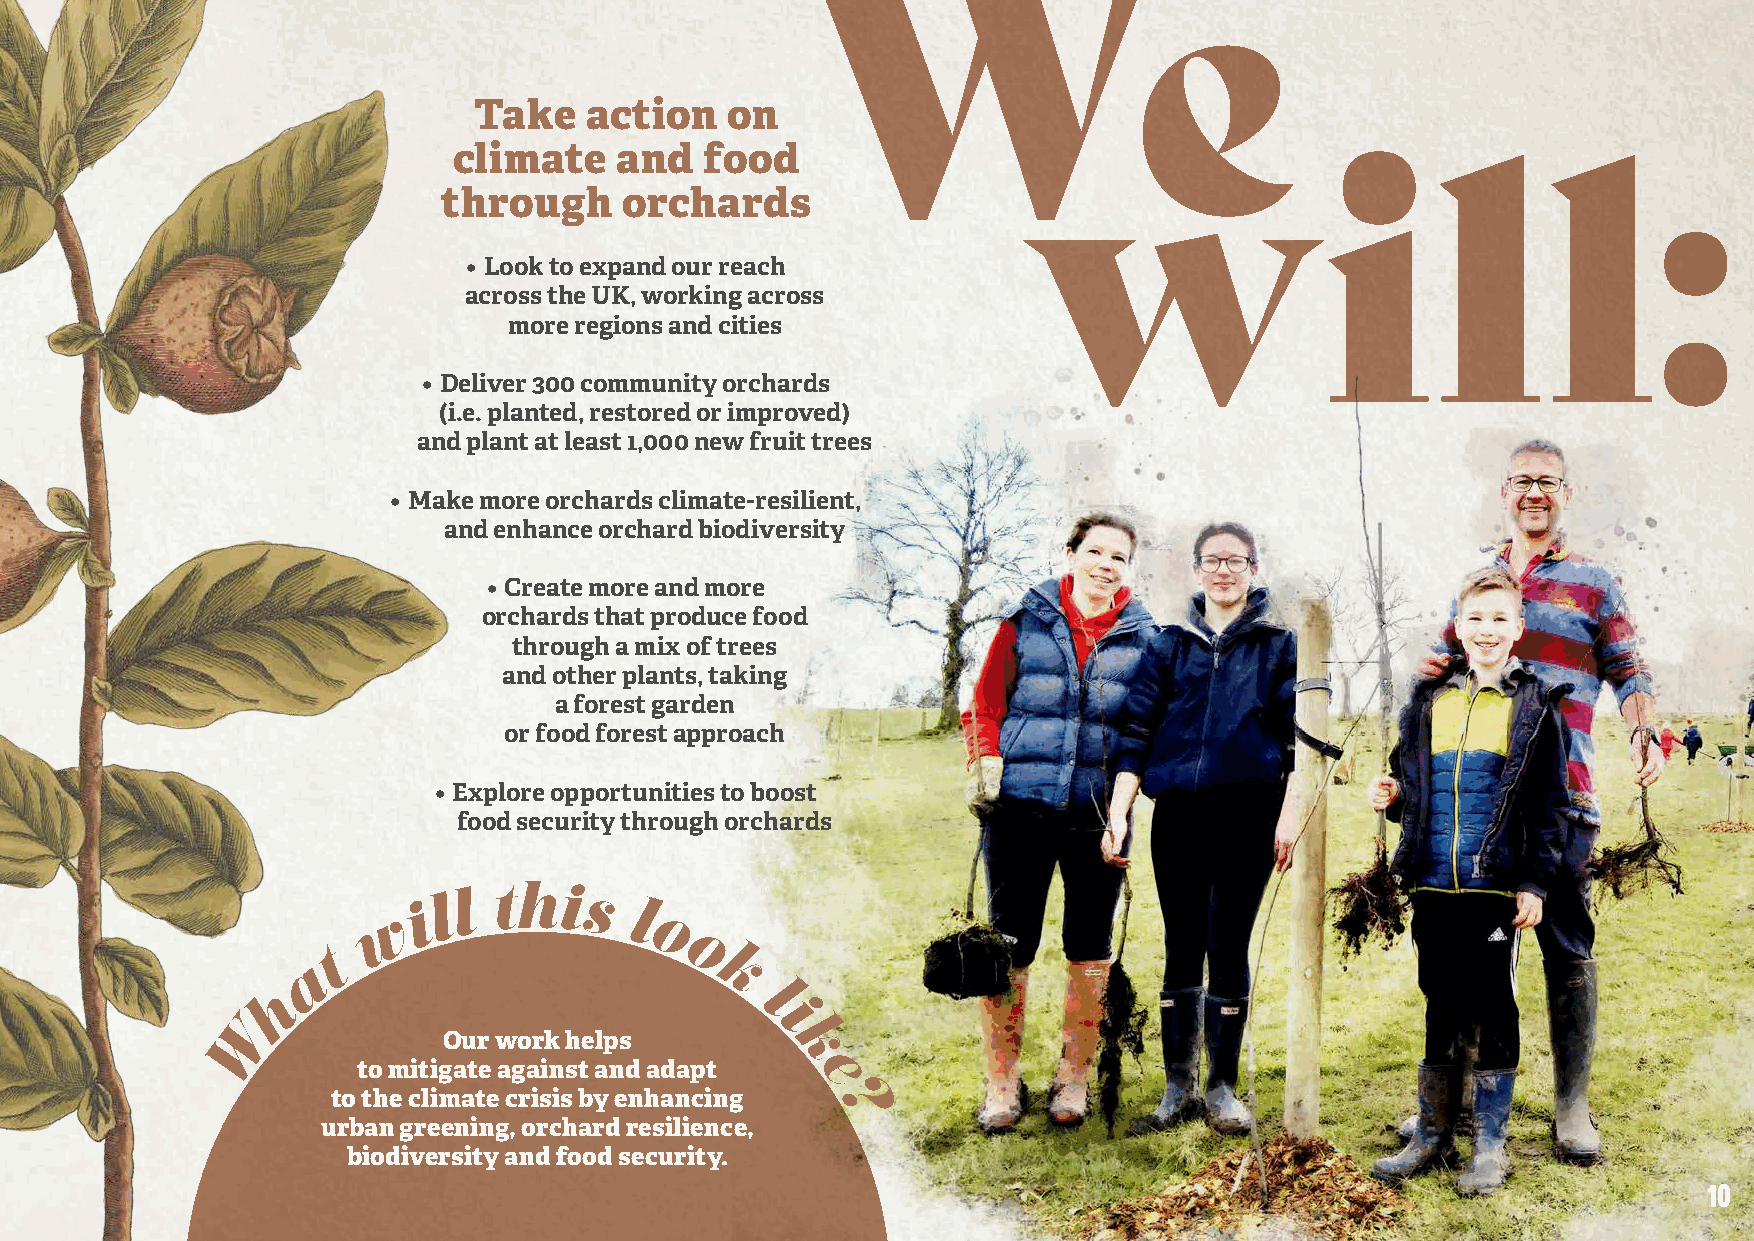
Take    action   on
 climate    and   food
 through     orchards
 • Look to expand our reach
 across the UK, working across
 more regions and cities
 • Deliver 300 community orchards
 (i.e. planted, restored or improved)
 and plant at least 1,000 new fruit trees
 • Make more orchards climate-resilient,
 and enhance orchard biodiversity
 • Create more and more
 orchards that produce food
 through a mix of trees
 and other plants, taking
 a forest garden
 or food forest approach
 • Explore opportunities to boost
 food security through orchards
 i l l this   l
 w
 o
 o
 t
 a                        k
 h                             l
 i
 W           Our work helps
 k
 to mitigate against and adapt
 e
 to the climate crisis by enhancing
 ?
 urban greening, orchard resilience,
 biodiversity and food security.
 10